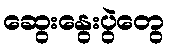
ဆွေးနွေးပွဲတွေ